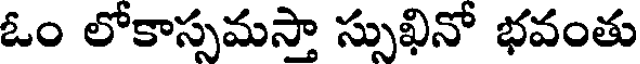
ఓం లోకాస్సమస్తా స్సుఖినో భవంతు